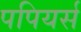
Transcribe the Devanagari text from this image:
पपियर्स